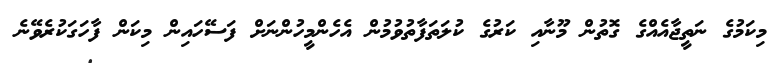
މިކަމުގެ ނަތީޖާއެއްގެ ގޮތުން މޫނާއި ކަރުގެ ކުލަތަފާތުވުމުން އެހެންމީހުންނަށް ފަސޭހައިން މިކަން ފާހަގަކުރެވޭނެ